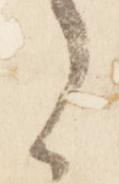
之